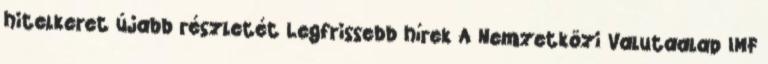
hitelkeret újabb részletét Legfrissebb hírek A Nemzetközi Valutaalap IMF